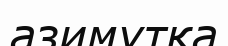
азимутқа